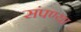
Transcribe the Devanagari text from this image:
संपण्या